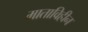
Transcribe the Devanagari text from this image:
माताविहीन